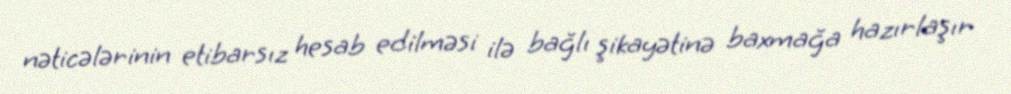
nəticələrinin etibarsız hesab edilməsi ilə bağlı şikayətinə baxmağa hazırlaşır